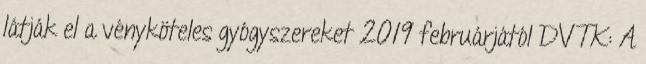
látják el a vényköteles gyógyszereket 2019 februárjától DVTK: A